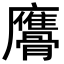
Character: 𩪠